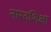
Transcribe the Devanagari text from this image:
नारदशिक्षा